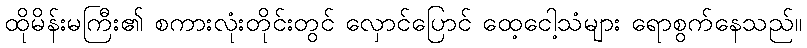
ထိုမိန်းမကြီး၏ စကားလုံးတိုင်းတွင် လှောင်ပြောင် ထေ့ငေါ့သံများ ရောစွက်နေသည်။